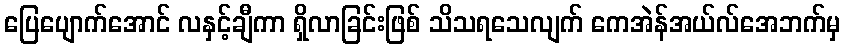
ပြေပျောက်အောင် လနှင့်ချီကာ ရှိလာခြင်းဖြစ် သိသရသေလျက် ကေအဲန်အယ်လ်အေဘက်မှ